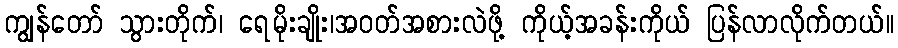
ကျွန်တော် သွားတိုက်၊ ရေမိုးချိုး၊အဝတ်အစားလဲဖို့ ကိုယ့်အခန်းကိုယ် ပြန်လာလိုက်တယ်။